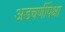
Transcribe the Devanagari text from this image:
अडचणींपेक्षा